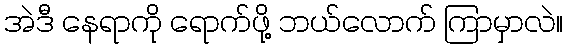
အဲဒီ နေရာကို ရောက်ဖို့ ဘယ်လောက် ကြာမှာလဲ။